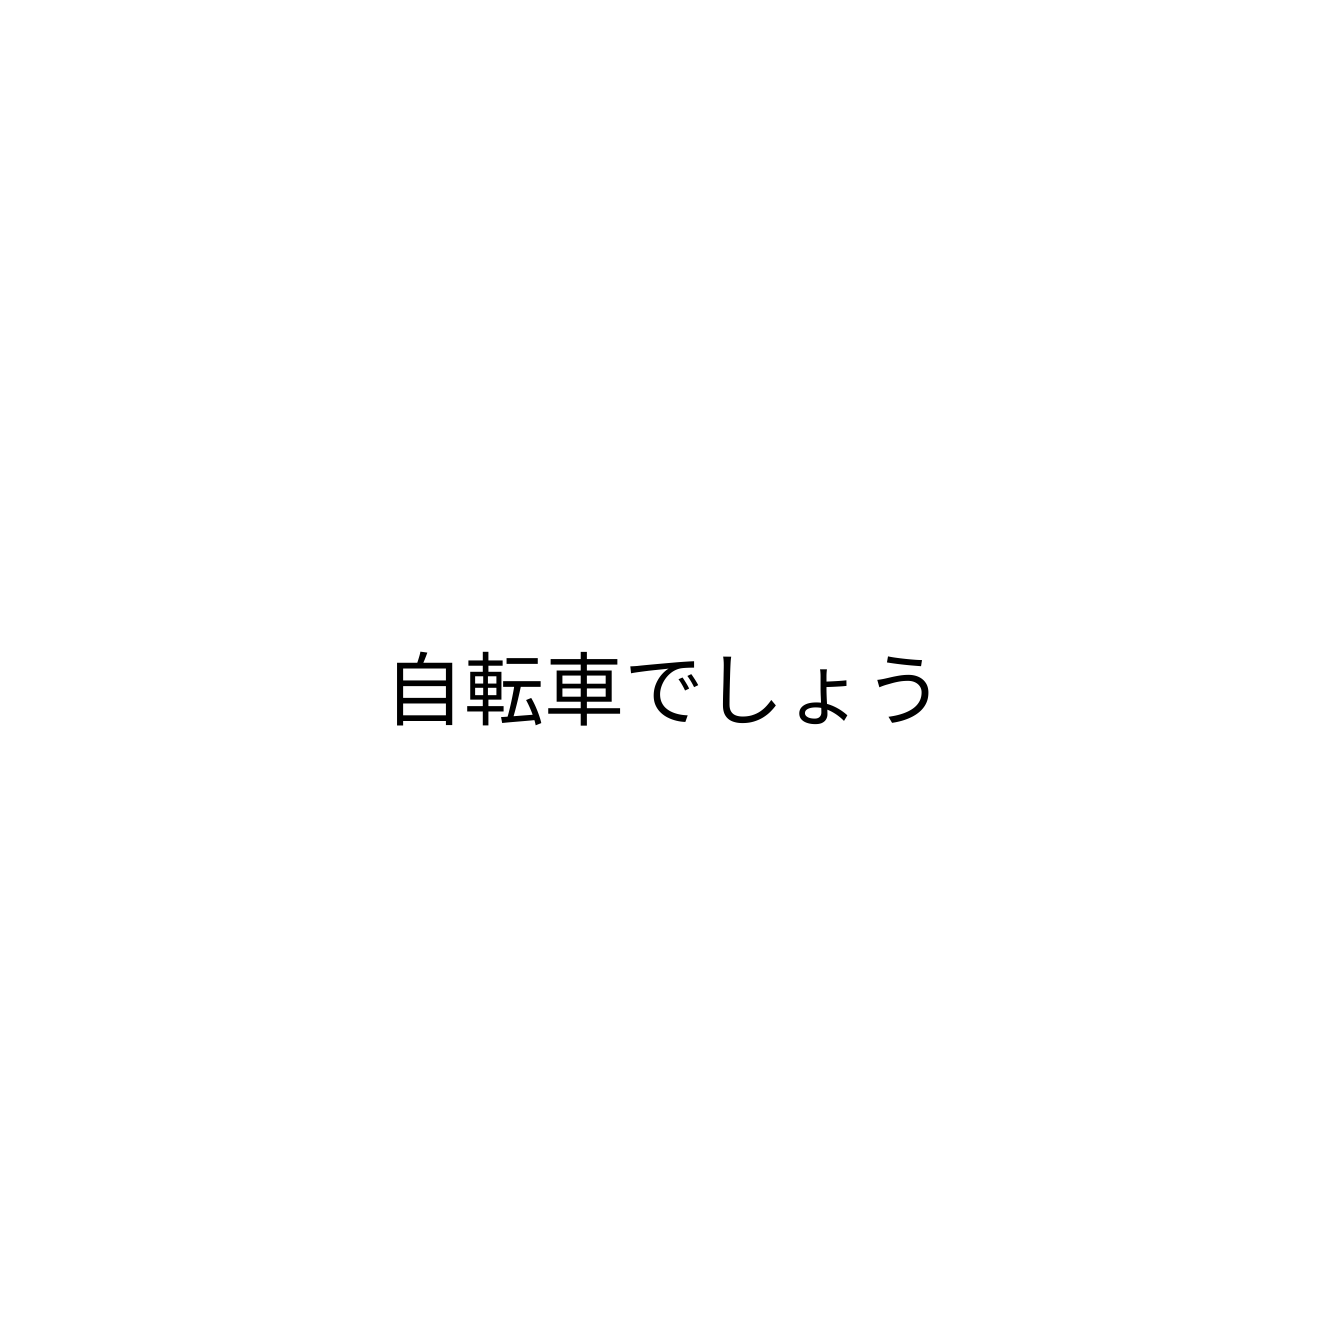
自転車でしょう